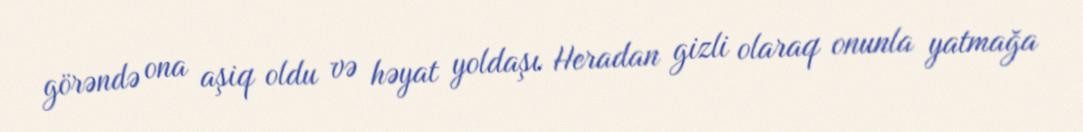
görəndə ona aşiq oldu və həyat yoldaşı Heradan gizli olaraq onunla yatmağa